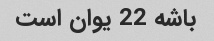
باشه 22 یوان است